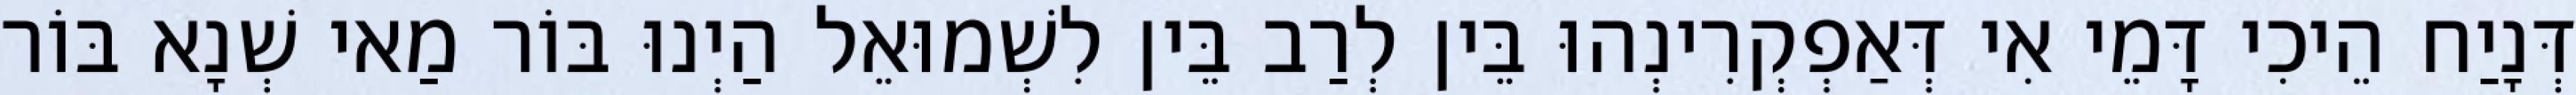
דְּנָיַח הֵיכִי דָּמֵי אִי דְּאַפְקְרִינְהוּ בֵּין לְרַב בֵּין לִשְׁמוּאֵל הַיְנוּ בּוֹר מַאי שְׁנָא בּוֹר